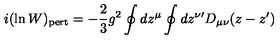
i ( \ln W ) _ { \mathrm { p e r t } } = - { \frac { 2 } { 3 } } g ^ { 2 } \oint d z ^ { \mu } \oint d z ^ { \nu \prime } D _ { \mu \nu } ( z - z ^ { \prime } )